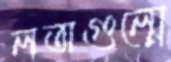
লতাগুল্মে